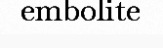
embolite